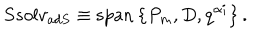
S s o l v _ { a d S } \equiv \mathrm { s p a n } \left\{ P _ { m } , D , q ^ { \alpha i } \right\} .